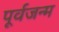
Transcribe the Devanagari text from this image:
पूर्वजन्‍म